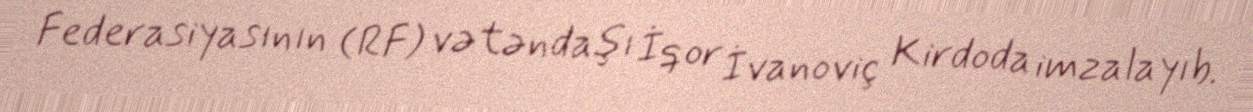
Federasiyasının (RF) vətəndaşı İqor İvanoviç Kirdoda imzalayıb.